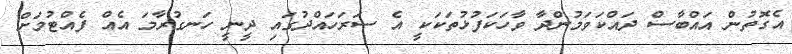
އެގޮތުން އައްބާސް ދައްކަވަމުންދާ ވާހަކަފުޅުތަކަކީ އެ ސަރަހައްދުގައި ދީނީ ހަނގުރާމަ އެއް ފެއްޓުމަށް